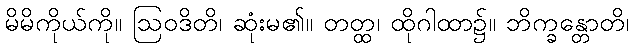
မိမိကိုယ်ကို။ ဩဝဒိတိ၊ ဆုံးမ၏။ တတ္ထ၊ ထိုဂါထာ၌။ ဘိက္ခန္တောတိ၊